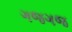
ગજગજ